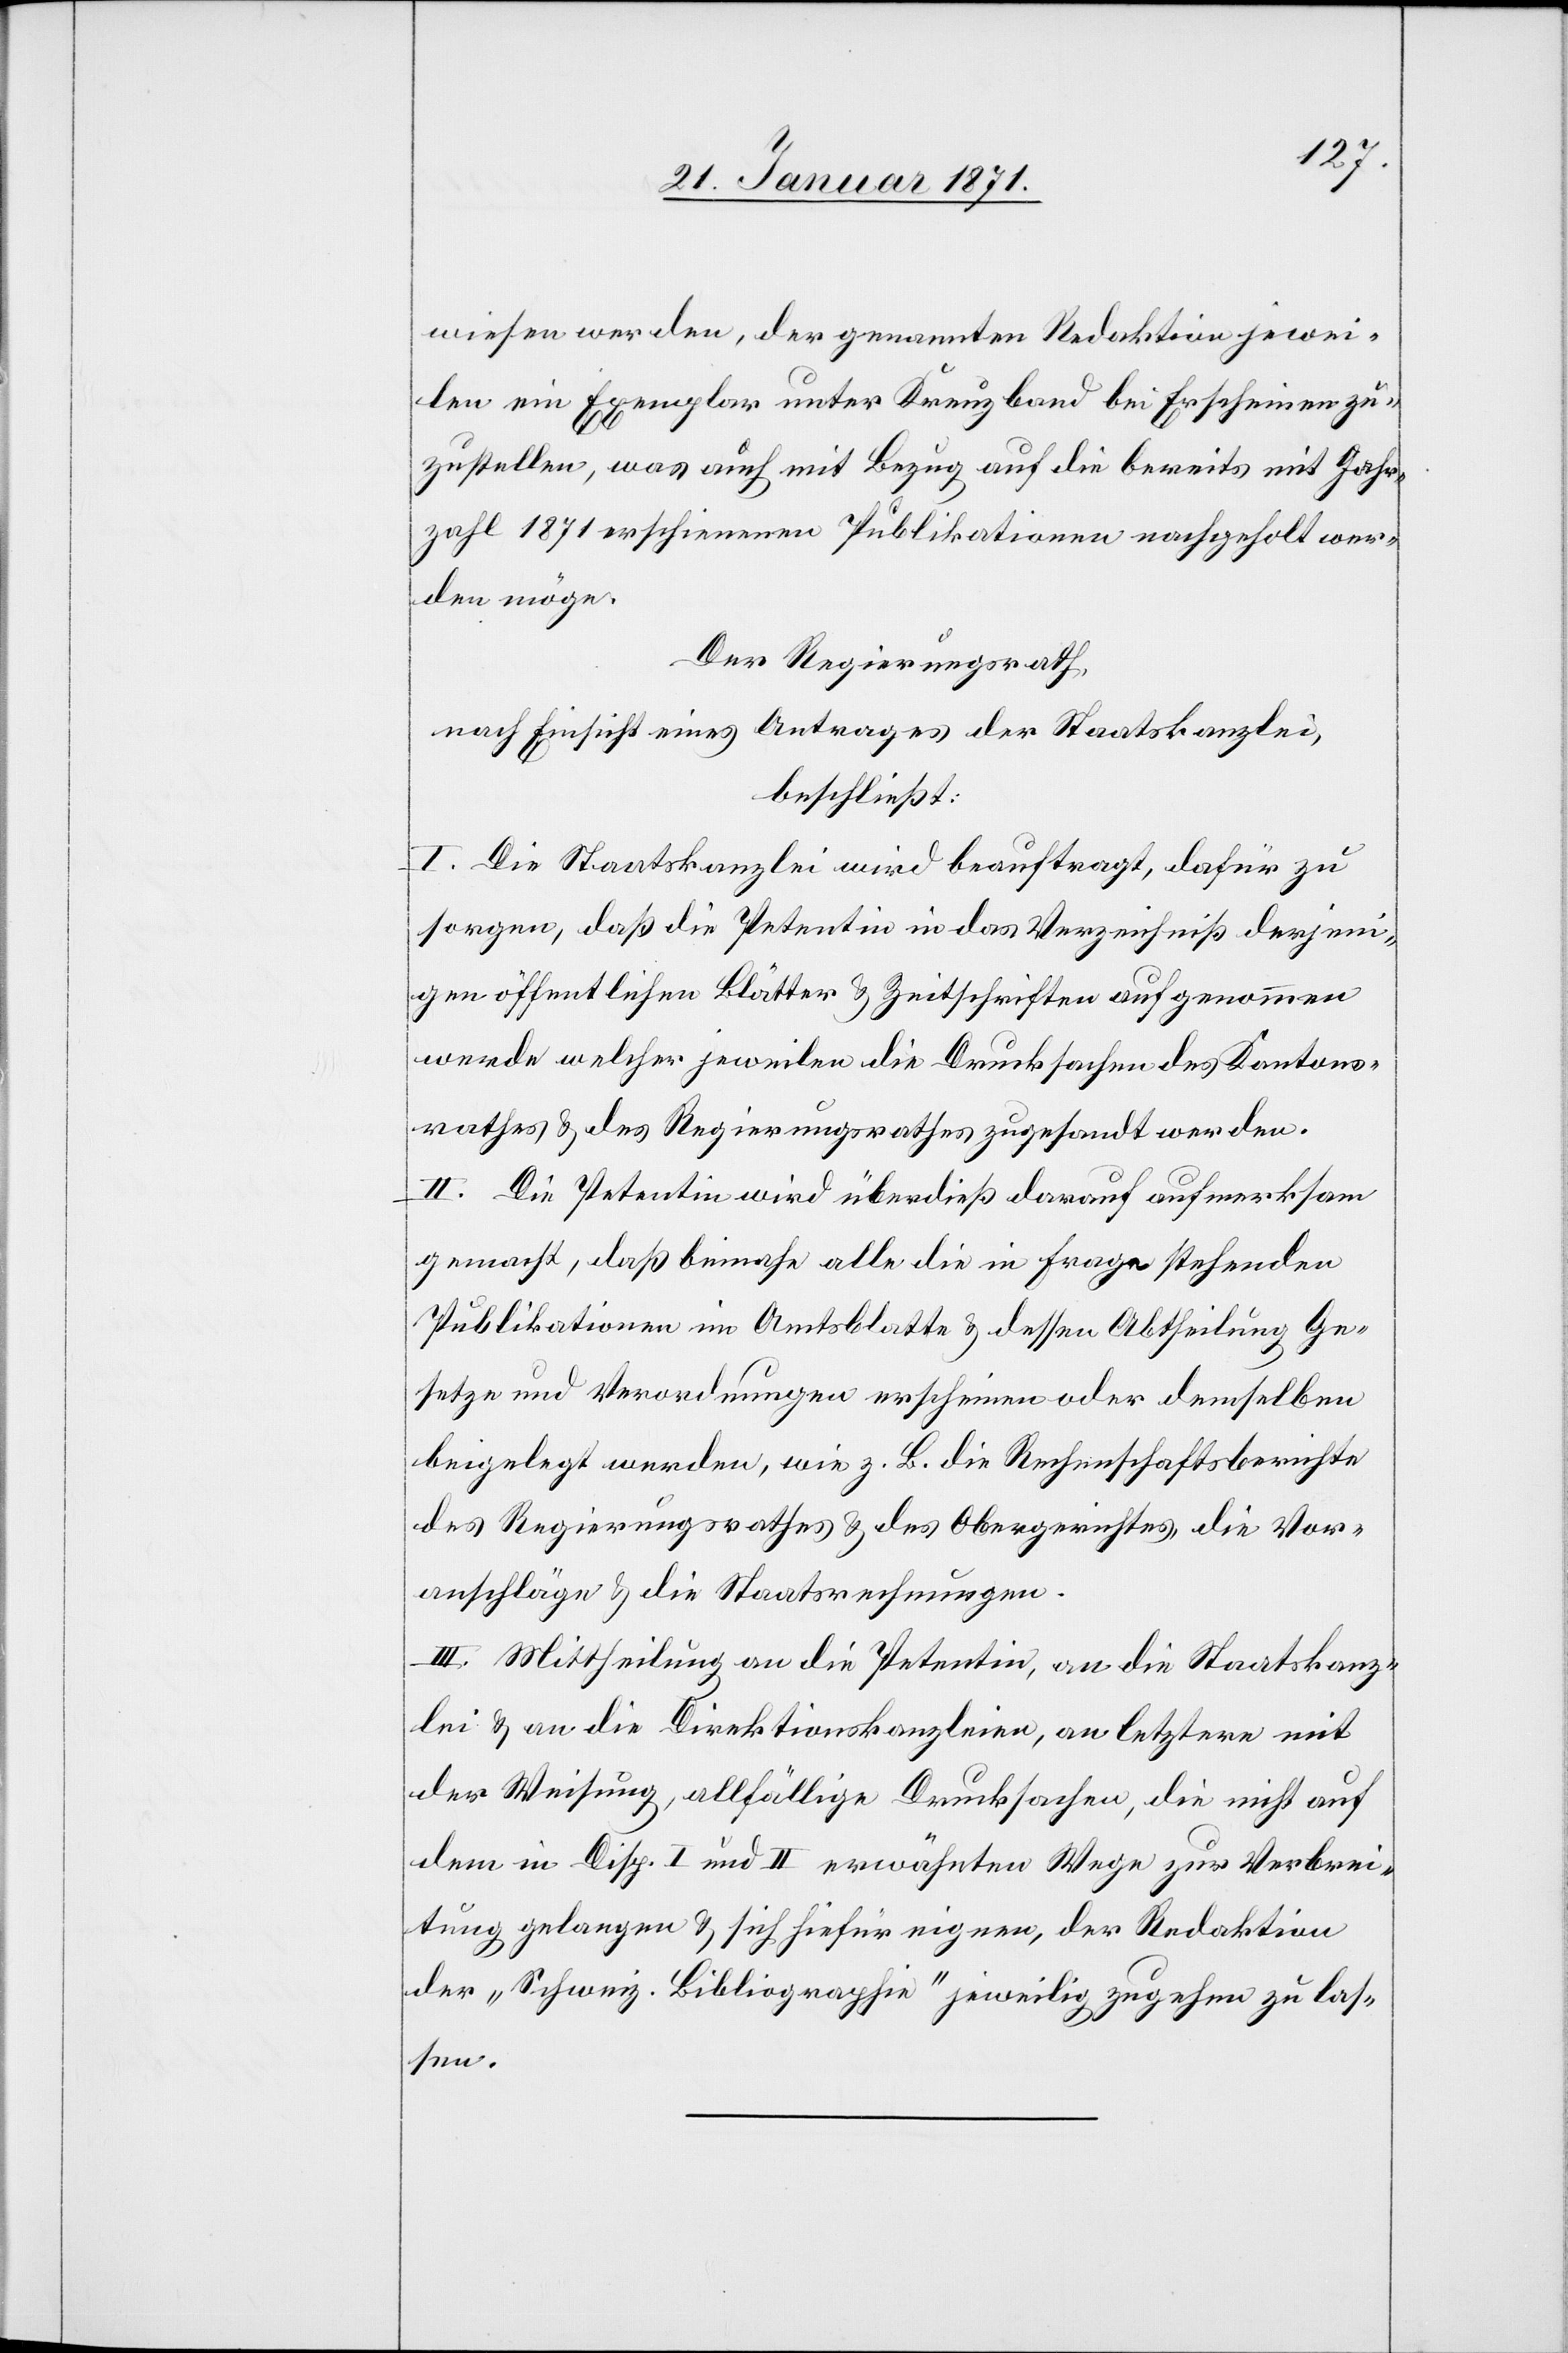
wiesen werden, der genannten Redaktion jewei¬
len ein Exemplar unter Kreuzband bei Erscheinen zu¬
zustellen, was auch mit Bezug auf die bereits mit Jahr¬
zahl 1871 erschienenen Publikationen nachgeholt wer¬
den möge.
Der Regierungsrath,
nach Einsicht eines Antrages der Staatskanzlei,
beschließt:
I. Die Staatskanzlei wird beauftragt, dafür zu
sorgen, daß die Petentin in das Verzeichniß derjeni¬
gen öffentlichen Blätter u. Zeitschriften aufgenommen
werde welcher jeweilen die Drucksachen des Kantons¬
rathes u. des Regierungsrathes zugesandt werden.
II. Die Petentin wird überdieß darauf aufmerksam
gemacht, daß beinahe alle die in Frage stehenden
Publikationen im Amtsblatte u. dessen Abtheilung Ge¬
setze und Verordnungen erscheinen oder demselben
beigelegt werden, wie z. B. die Rechenschaftsberichte
des Regierungsrathes u. des Obergerichtes, die Vor¬
anschläge u. die Staatsrechnungen.
III. Mittheilung an die Petentin, an die Staatskanz¬
lei u. an die Direktionskanzleien, an letztere mit
der Weisung, allfällige Drucksachen, die nicht auf
den im Disp. I und II erwähnten Wege zur Verbrei¬
tung gelangen u. sich hiefür eignen, der Redaktion
der „Schweiz. Bibliographie“ jeweilig zugehen zu las¬
sen.